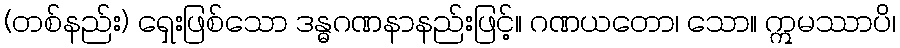
(တစ်နည်း) ရှေးဖြစ်သော ဒန္ဓဂဏနာနည်းဖြင့်။ ဂဏယတော၊ သော။ ဣမဿာပိ၊